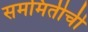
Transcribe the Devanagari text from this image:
सममितीची